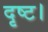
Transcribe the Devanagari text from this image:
दृष्ट।